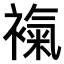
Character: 𧜃